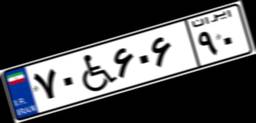
۳۳W۳۸۰۰۶